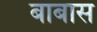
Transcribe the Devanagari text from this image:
बाबास